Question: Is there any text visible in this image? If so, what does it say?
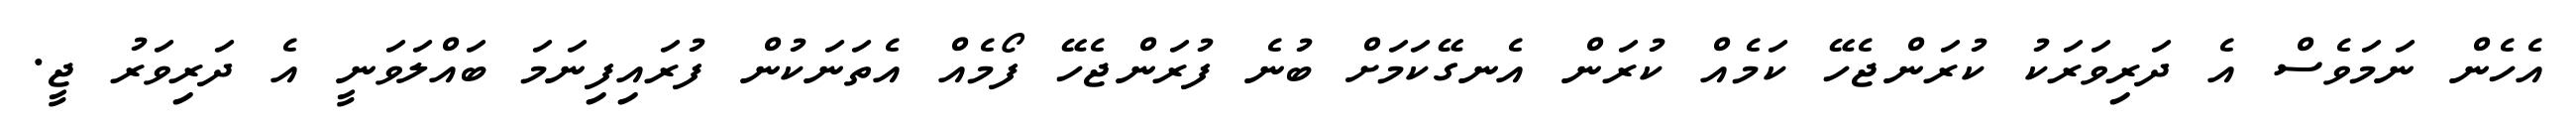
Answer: އެހެން ނަމަވެސް އެ ދަރިވަރަކު ކުރަންޖެހޭ ކަމެއް ކުރަން އެނގޭކަމަށް ބުނެ ފުރަންޖެހޭ ފޯމެއް އެތަނަކުން ފުރައިފިނަމަ ބައްލަވަނީ އެ ދަރިވަރު ޖީ.